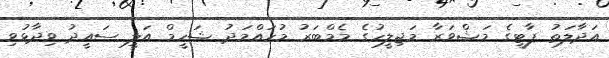
އަދާލަތު ޕާޓީގެ މަޝްވަރާ މަޖިލީހުގެ މެމްބަރު މުހައްމަދު ޝަހީމް އަލީ ސައީދު ވިދާޅުވި